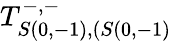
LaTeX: T_{S(0,-1),(S(0,-1)}^{-,-}